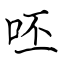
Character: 呸